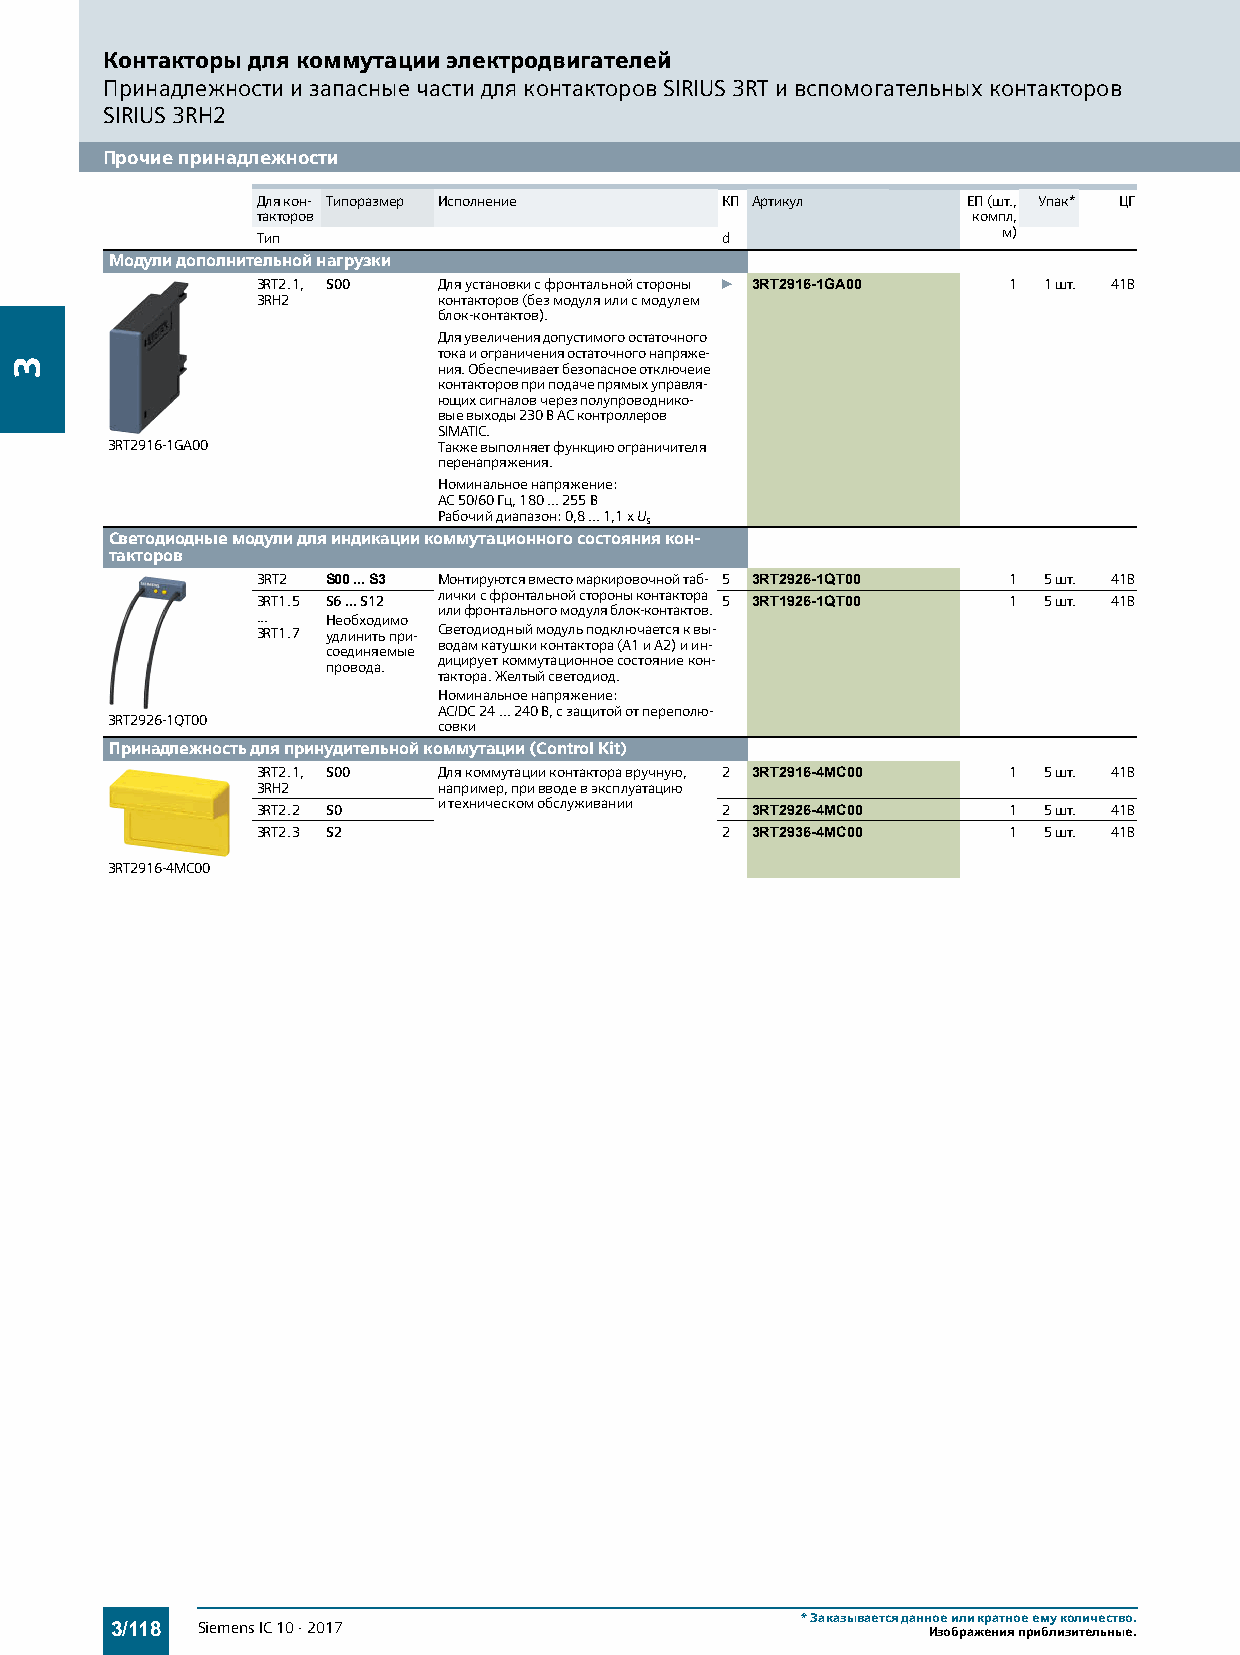
Контакторы для коммутации электродвигателей
 Принадлежности и запасные части для контакторов SIRIUS 3RT и вспомогательных контакторов
 SIRIUS 3RH2
 Прочие принадлежности
 Для кон- Типоразмер Исполнение КП Артикул      ЕП (шт., Упак* ЦГ
 такторов                                       компл,
 м)
 Тип                            d
 Модули дополнительной нагрузки
 3RT2.1, S00 Для установки с фронтальной стороны } 3RT2916-1GA00 1 1 шт. 41B
 3RH2        контакторов (без модуля или с модулем
 блок-контактов).
 Для увеличения допустимого остаточного
 тока и ограничения остаточного напряже-
 ния. Обеспечивает безопасное отключеие
 контакторов при подаче прямых управля-
 ющих сигналов через полупроводнико-
 вые выходы 230 В AC контроллеров
 SIMATIC.
 3RT2916-1GA00         Также выполняет функцию ограничителя
 перенапряжения.
 Номинальное напряжение:
 AC 50/60Гц, 180...255В
 Рабочий диапазон: 0,8...1,1 x Us
 Светодиодные модули для индикации коммутационного состояния кон-
 такторов
 3RT2 S00...S3 Монтируются вместо маркировочной таб- 5 3RT2926-1QT00 1 5 шт. 41B
 лички с фронтальной стороны контактора
 3RT1.5 S6...S12                5 3RT1926-1QT00    1 5 шт. 41B
 или фронтального модуля блок-контактов.
 ...  Необходимо
 3RT1.7 удлинить при- Светодиодный модуль подключается к вы-
 водам катушки контактора (А1 и А2) и ин-
 соединяемые
 дицирует коммутационное состояние кон-
 провода.
 тактора. Желтый светодиод.
 Номинальное напряжение:
 AC/DC24...240В, с защитой от переполю-
 3RT2926-1QT00         совки
 Принадлежность для принудительной коммутации (Control Kit)
 3RT2.1, S00 Для коммутации контактора вручную, 2 3RT2916-4MC00 1 5 шт. 41B
 3RH2        например, при вводе в эксплуатацию
 итехническом обслуживании
 3RT2.2 S0                      2 3RT2926-4MC00    1 5 шт. 41B
 3RT2.3 S2                      2 3RT2936-4MC00    1 5 шт. 41B
 3RT2916-4MC00
 *Заказывается данное или кратное ему количество.
 3/118 Siemens IC 10 · 2017                            Изображения приблизительные.
 3